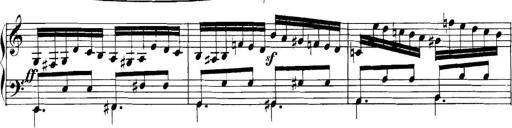
Title: Collected Piano Sonatas
Composer: Muzio Clementi